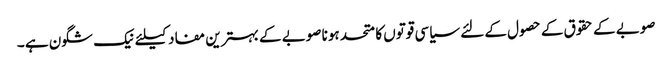
صوبے کے حقوق کے حصول کے لئے سیاسی قوتوں کا متحد ہونا صوبے کے بہترین مفاد کیلئے نیک شگون ہے ۔